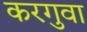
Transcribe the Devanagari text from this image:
करगुवा